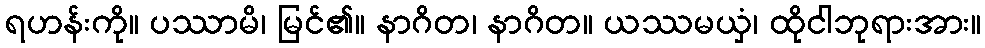
ရဟန်းကို။ ပဿာမိ၊ မြင်၏။ နာဂိတ၊ နာဂိတ။ ယဿမယှံ၊ ထိုငါဘုရားအား။